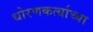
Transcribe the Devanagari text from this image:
धोरणकर्त्याच्या